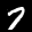
Label: 7